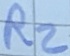
Text: R2